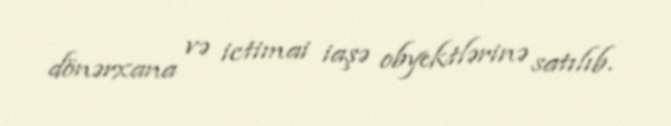
dönərxana və ictimai iaşə obyektlərinə satılıb.